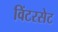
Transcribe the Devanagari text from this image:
विंटरसेट